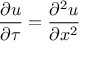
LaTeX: { \frac { \partial u } { \partial \tau } } = { \frac { \partial ^ { 2 } u } { \partial x ^ { 2 } } }